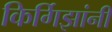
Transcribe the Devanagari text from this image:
किर्गिझांनी